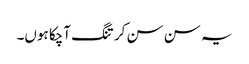
یہ سن سن کر تنگ آچکا ہوں۔